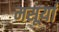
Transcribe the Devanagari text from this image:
मसूर्या